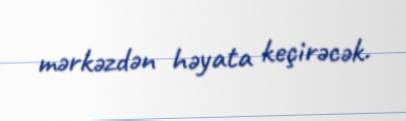
mərkəzdən həyata keçirəcək.